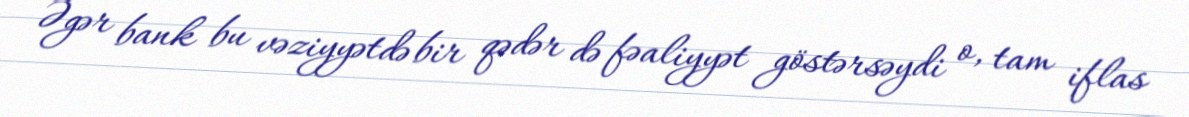
Əgər bank bu vəziyyətdə bir qədər də fəaliyyət göstərsəydi o, tam iflas